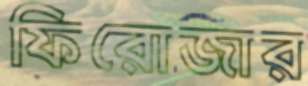
ফিরোজার